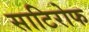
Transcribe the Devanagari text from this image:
साटिरोफ